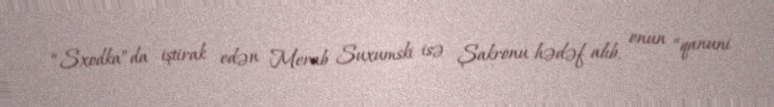
“Sxodka”da iştirak edən Merab Suxumski isə Şakronu hədəf alıb, onun “qanuni